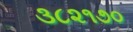
૩૮૨૧૭૦